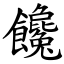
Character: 饞